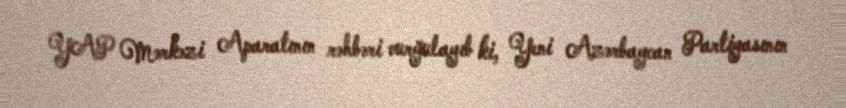
YAP Mərkəzi Aparatının rəhbəri vurğulayıb ki, Yeni Azərbaycan Partiyasının